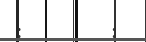
:        :